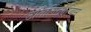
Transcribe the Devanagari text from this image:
उतिलितारियन